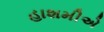
હાશમીએ